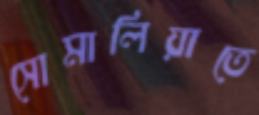
সোমালিয়াতে